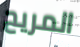
المريح